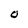
Character: O